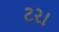
ટરા